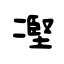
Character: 𠗻